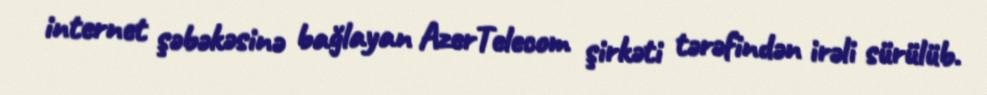
internet şəbəkəsinə bağlayan AzerTelecom şirkəti tərəfindən irəli sürülüb.